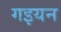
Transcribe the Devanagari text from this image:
गइयन